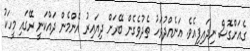
ގެއަށްގޮސް ނިދައިފިއެވެ. އަނެއްދުވަހު ތެދުވެގެން ބޭރަށް ދިޔައިރު އެންމެން ދައްކަނީ ރޭގައި މީހަކު